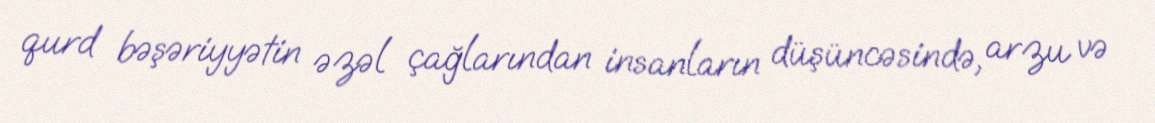
qurd bəşəriyyətin əzəl çağlarından insanların düşüncəsində, arzu və